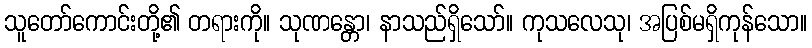
သူတော်ကောင်းတို့၏ တရားကို။ သုဏန္တော၊ နာသည်ရှိသော်။ ကုသလေသု၊ အပြစ်မရှိကုန်သော။